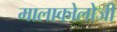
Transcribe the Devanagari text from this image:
मालाकोलोजी